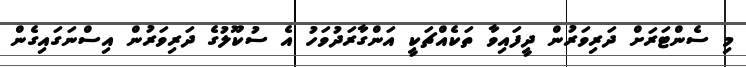
މި ސެންޓަރަށް ދަރިވަރުން ދީފައިވާ ތަކެއްޗަކީ އަންގާރަދުވަހު އެ ސުކޫލުގެ ދަރިވަރުން އިސްނަގައިގެން